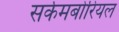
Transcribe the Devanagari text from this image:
सर्कमबोरियल